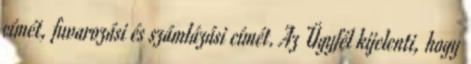
címét, fuvarozási és számlázási címét. Az Ügyfél kijelenti, hogy